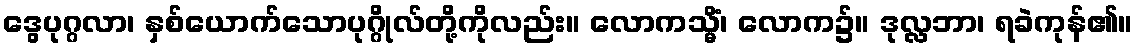
ဒွေပုဂ္ဂလာ၊ နှစ်ယောက်သောပုဂ္ဂိုလ်တို့ကိုလည်း။ လောကသ္မိံ၊ လောက၌။ ဒုလ္လဘာ၊ ရခဲကုန်၏။